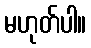
မဟုတ်ပါ။